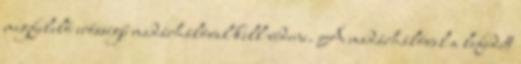
megfelelő erősségű madárhálóval kell védeni. A madárhálóval a lefedett